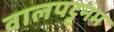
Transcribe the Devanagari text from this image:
वालपट्टनम